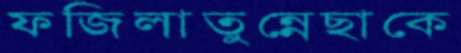
ফজিলাতুন্নেছাকে